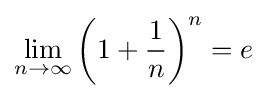
\lim _{n\rightarrow \infty }\left(1+{\dfrac {1}{n}}\right)^{n}=e